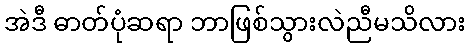
အဲဒီ ဓာတ်ပုံဆရာ ဘာဖြစ်သွားလဲညီမသိလား